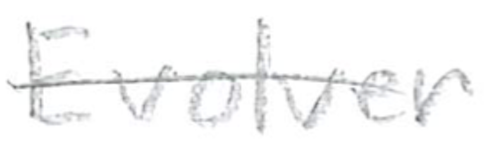
Text: Evolver
Cross-out: mix
Writing tool: pencil